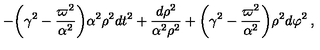
- { \biggl ( } \gamma ^ { 2 } - \frac { \varpi ^ { 2 } } { \alpha ^ { 2 } } { \biggr ) } \alpha ^ { 2 } \rho ^ { 2 } d t ^ { 2 } + \frac { d \rho ^ { 2 } } { \alpha ^ { 2 } \rho ^ { 2 } } + { \biggl ( } \gamma ^ { 2 } - \frac { \varpi ^ { 2 } } { \alpha ^ { 2 } } { \biggr ) } \rho ^ { 2 } d \varphi ^ { 2 } \: ,